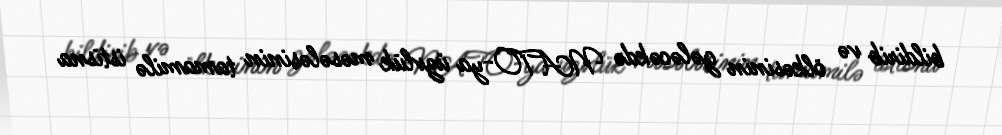
bildirib və ölkəsinin gələcəkdə NATO-ya üzvlük məsələsinin tamamilə istisna